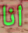
انا